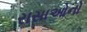
રાસાઓનો